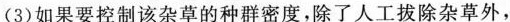
（3）如果要控制该咋草的种群密度，除了人工拔除杂草外，